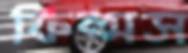
ফিল্মস